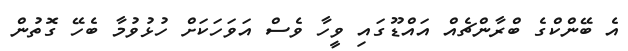
އެ ބޭންކްގެ ބްރާންޗެއް އައްޑޫގައި ވީހާ ވެސް އަވަހަކަށް ހުޅުވުމާ ބެހޭ ގޮތުން